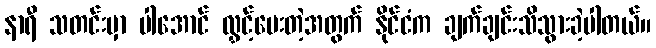
နာရီ သတင်းမှာ ပါအောင် လွှင့်ပေးတဲ့အတွက် နိုင်ငံက ချက်ချင်းသိသွားခဲ့ပါတယ်။